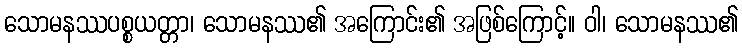
သောမနဿပစ္စယတ္တာ၊ သောမနဿ၏ အကြောင်း၏ အဖြစ်ကြောင့်။ ဝါ၊ သောမနဿ၏